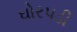
ઘોરપડી